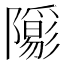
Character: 𨽑